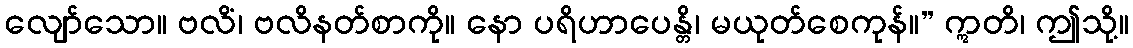
လျော်သော။ ဗလိံ၊ ဗလိနတ်စာကို။ နော ပရိဟာပေန္တိ၊ မယုတ်စေကုန်။” ဣတိ၊ ဤသို့။